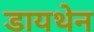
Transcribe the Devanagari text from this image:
डायथेन